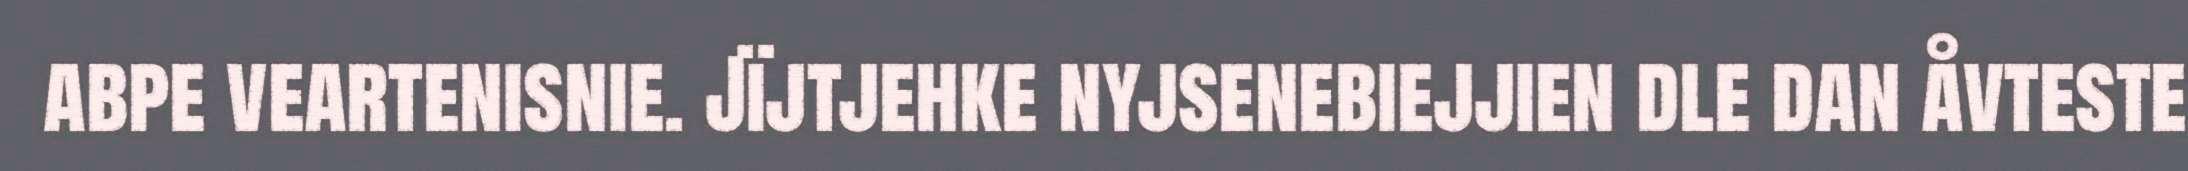
abpe veartenisnie. Jïjtjehke nyjsenebiejjien dle dan åvteste